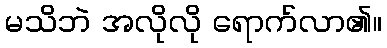
မသိဘဲ အလိုလို ရောက်လာ၏။